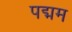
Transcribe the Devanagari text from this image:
पद्मम